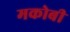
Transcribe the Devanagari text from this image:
मकोबी